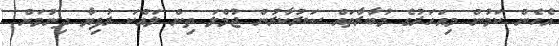
އެހެން ކަމުން މިއަހަރުގެ މުބާރާތައް ސަރުކާރުން ޖުމްލަ ތިން ލައްކަ ރުފިޔާ ދިނުމަށް